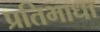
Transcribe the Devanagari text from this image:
प्रतिभाधा